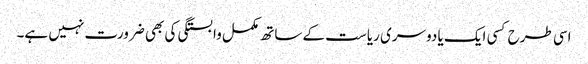
اسی طرح کسی ایک یا دوسری ریاست کے ساتھ مکمل وابستگی کی بھی ضرورت نہیں ہے۔